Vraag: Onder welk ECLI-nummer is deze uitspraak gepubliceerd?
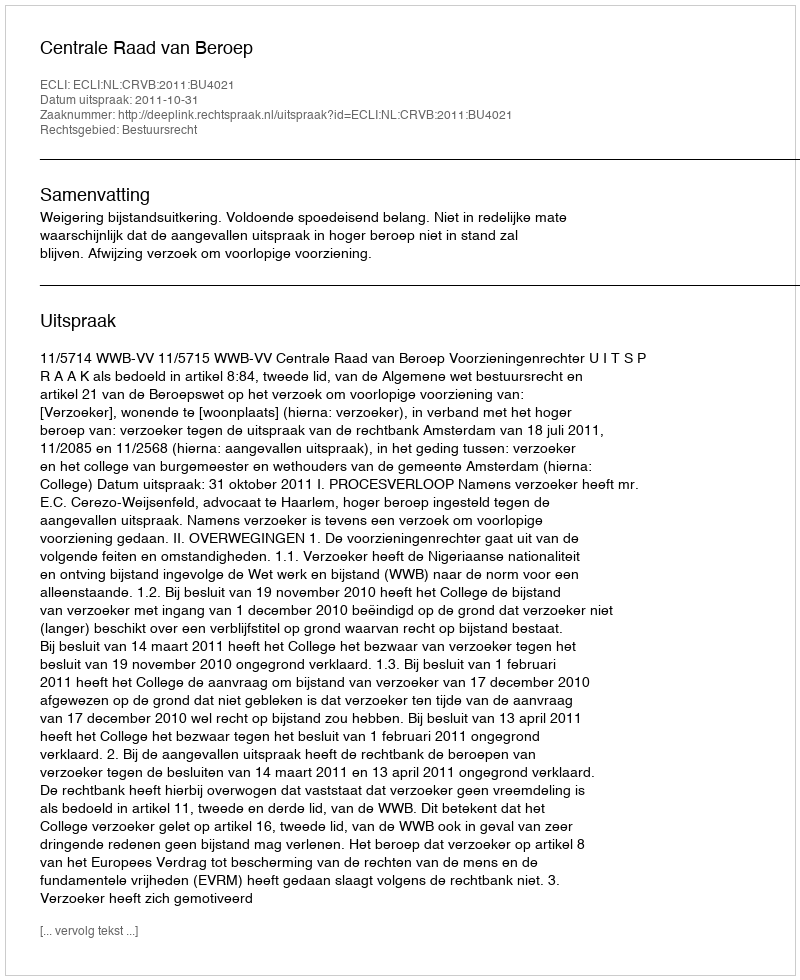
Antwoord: ECLI:NL:CRVB:2011:BU4021